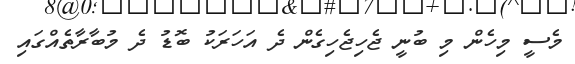
މެސީ މިހެން މި ބުނީ ޖެހިޖެހިގެން ދެ އަހަރަކު ބޮޑު ދެ މުބާރާތެއްގައި